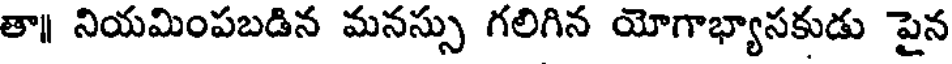
తా నియమింపబడిన మనస్సు గలిగిన యోగాభ్యాసకుడు పైన